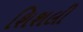
શિશલી